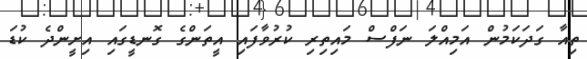
ތިއާ ގަދަކަމުން އަމިއްލަ ނަފްސް މައިތިރި ކުރުވާފައި އީތަންގެ ގޮނޑީގައި އިށީންދެ ކުޑަ